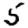
Digit: 5